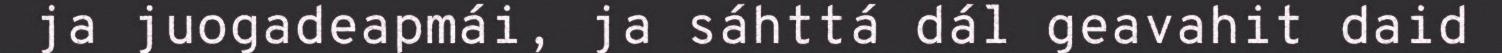
ja juogadeapmái, ja sáhttá dál geavahit daid